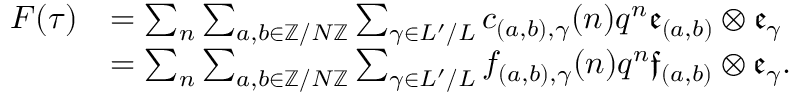
\begin{array} { r l } { F ( \tau ) } & { = \sum _ { n } \sum _ { a , b \in \mathbb Z / N \mathbb Z } \sum _ { \gamma \in L ^ { \prime } / L } c _ { ( a , b ) , \gamma } ( n ) q ^ { n } \mathfrak { e } _ { ( a , b ) } \otimes \mathfrak { e } _ { \gamma } } \\ & { = \sum _ { n } \sum _ { a , b \in \mathbb Z / N \mathbb Z } \sum _ { \gamma \in L ^ { \prime } / L } f _ { ( a , b ) , \gamma } ( n ) q ^ { n } \mathfrak { f } _ { ( a , b ) } \otimes \mathfrak { e } _ { \gamma } . } \end{array}